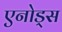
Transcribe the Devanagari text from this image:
एनोड्स